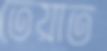
তেয়াত